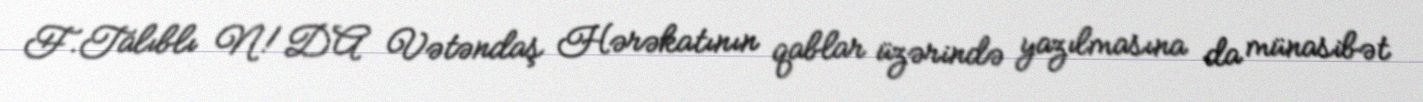
F.Talıblı N!DA Vətəndaş Hərəkatının qablar üzərində yazılmasına da münasibət